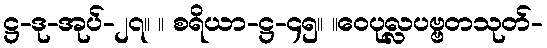
ဋ္ဌ-ဒု-အုပ်-၂၇။ ။ စရိယာ-ဋ္ဌ-၄၅။ ။ဝေပုလ္လပဗ္ဗတသုတ်-